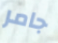
جامر